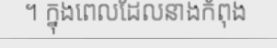
។ ក្នុងពេលដែលនាងកំពុង